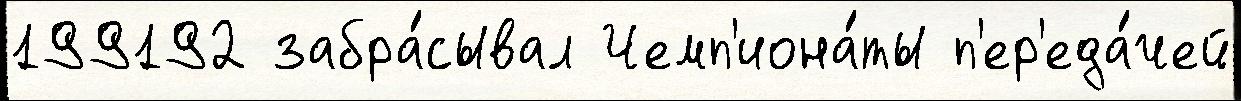
199192 забра́сывал Чемп'иона́ты п'ер'еда́чей